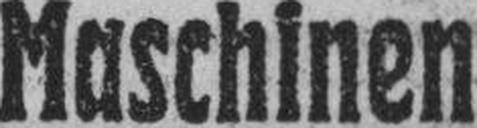
Maschinen